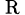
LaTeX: \scriptstyle\mathrm{\mathrm{~R~}}